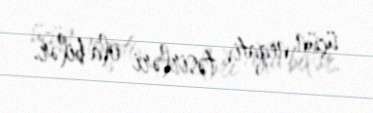
üçün neqativ təsirləri ola bilər.